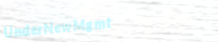
UnderNewMgmt